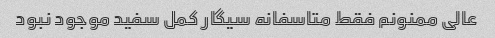
عالی ممنونم فقط متاسفانه سیگار کمل سفید موجود نبود